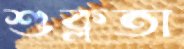
শুক্লতা